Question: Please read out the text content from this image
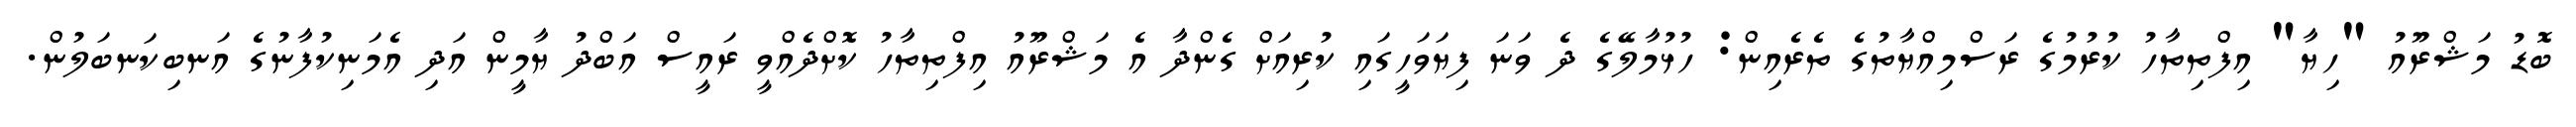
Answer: ބޮޑު މަޝްރޫއު "ހިޔާ" އިފްތިތާހު ކުރުމުގެ ރަސްމިއްޔާތުގެ ތެރެއިން: ހުޅުމާލޭގެ ދެ ވަނަ ފިޔަވަހީގައި ކުރިއަށް ގެންދާ އެ މަޝްރޫއު އިފްތިތާހު ކޮށްދެއްވީ ރައީސް އަބްދު ޔާމީން އަދި އެމަނިކުފާނުގެ އަނބިކަނބަލުން.